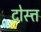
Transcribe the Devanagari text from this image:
दोस्त्त